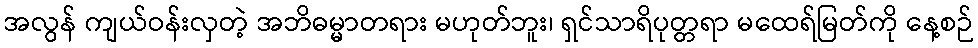
အလွန် ကျယ်ဝန်းလှတဲ့ အဘိဓမ္မာတရား မဟုတ်ဘူး၊ ရှင်သာရိပုတ္တရာ မထေရ်မြတ်ကို နေ့စဉ်